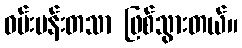
ဝမ်းပန်းတသာ ဖြစ်သွားတယ်။